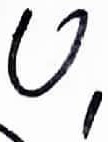
Text: U1